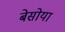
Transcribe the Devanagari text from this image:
बेसोया